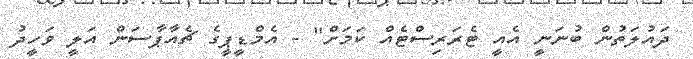
ދައުލަތުން ބުނަނީ އެއީ ޓެރަރިސްޓެއް ކަމަށް" - އެމްޑީޕީގެ ޗެއާޕާސަން އަލީ ވަހީދު